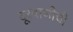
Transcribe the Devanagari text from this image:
दूरवाणीची